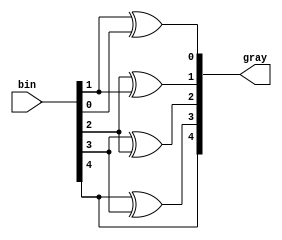
module bin_to_gray (
input wire [WIDTH - 1:0] bin,
output wire [WIDTH - 1:0] gray
);

wire high_bit_bin = bin[WIDTH - 1] ;
reg [WIDTH - 2:0] low_bit_gray;
integer i;
parameter WIDTH = 5; //包含地址溢出位

always @(*)begin
    for(i = 0;i < WIDTH - 1;i++)begin
        low_bit_gray[i] = bin[i+1]^bin[i];
    end
end

assign gray = {high_bit_bin,low_bit_gray};
    
endmodule